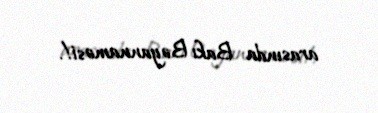
arasında Bakı Bəyannaməsi!.